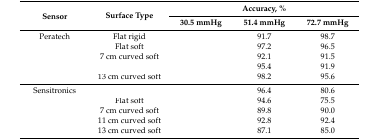
<table><thead><tr><td rowspan="2"><b>Sensor</b></td><td rowspan="2"><b>Surface Type</b></td><td colspan="3"><b>Accuracy, %</b></td></tr><tr><td><b>30.5 mmHg</b></td><td><b>51.4 mmHg</b></td><td><b>72.7 mmHg</b></td></tr></thead><tbody><tr><td>Peratech</td><td>Flat rigid</td><td>[EMPTY_CELL]</td><td>91.7</td><td>98.7</td></tr><tr><td>[EMPTY_CELL]</td><td>Flat soft</td><td>[EMPTY_CELL]</td><td>97.2</td><td>96.5</td></tr><tr><td>[EMPTY_CELL]</td><td>7 cm curved soft</td><td>[EMPTY_CELL]</td><td>92.1</td><td>91.5</td></tr><tr><td>[EMPTY_CELL]</td><td>[EMPTY_CELL]</td><td>[EMPTY_CELL]</td><td>95.4</td><td>91.9</td></tr><tr><td>[EMPTY_CELL]</td><td>13 cm curved soft</td><td>[EMPTY_CELL]</td><td>98.2</td><td>95.6</td></tr><tr><td>Sensitronics</td><td>[EMPTY_CELL]</td><td>[EMPTY_CELL]</td><td>96.4</td><td>80.6</td></tr><tr><td>[EMPTY_CELL]</td><td>Flat soft</td><td>[EMPTY_CELL]</td><td>94.6</td><td>75.5</td></tr><tr><td>[EMPTY_CELL]</td><td>7 cm curved soft</td><td>[EMPTY_CELL]</td><td>89.8</td><td>90.0</td></tr><tr><td>[EMPTY_CELL]</td><td>11 cm curved soft</td><td>[EMPTY_CELL]</td><td>92.8</td><td>92.4</td></tr><tr><td>[EMPTY_CELL]</td><td>13 cm curved soft</td><td>[EMPTY_CELL]</td><td>87.1</td><td>85.0</td></tr></tbody></table>